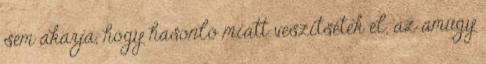
sem akarja, hogy hasonló miatt veszítsétek el, az amúgy